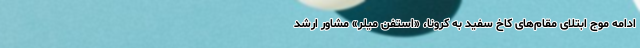
ادامه موج ابتلای مقام‌های کاخ سفید به کرونا، «استفن میلر» مشاور ارشد